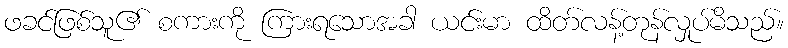
ဖခင်ဖြစ်သူ၏ စကားကို ကြားရသောအခါ ယင်းမာ ထိတ်လန့်တုန်လှုပ်မိသည်။